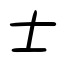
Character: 士